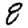
Digit: 8